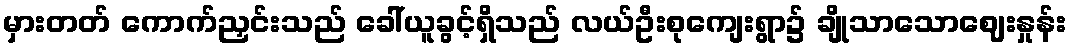
မှားတတ် ကောက်ညှင်းသည် ခေါ်ယူခွင့်ရှိသည် လယ်ဦးစုကျေးရွာ၌ ချိုသာသောဈေးနှုန်း